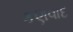
કણવાદ